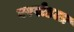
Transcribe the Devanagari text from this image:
वरखेडला